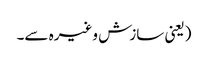
(یعنی سازش وغیرہ سے۔